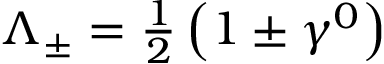
\Lambda _ { \pm } = { \textstyle { \frac { 1 } { 2 } } } \left( 1 \pm \gamma ^ { 0 } \right)